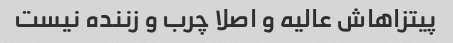
پیتزاهاش عالیه و اصلا چرب و زننده نیست